Leaving Certificate Examination, 1905
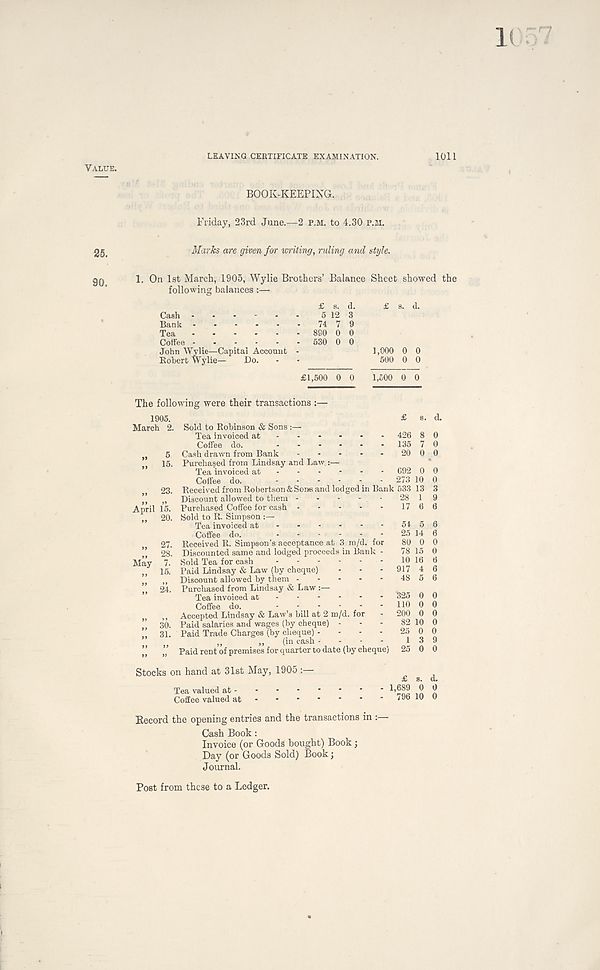
1<
Value.
LEAVING CERTIFICATE EXAMINATION.
1011
BOOK-KEEPING.
Friday, 23rd June.—2 p.m. to 4.30 P.M.
25.
Marks are given for writing, ruling and style.
90. 1. On 1st March, 1905, Wylie Brothers’ Balance Sheet showed the
following balances :—
Cash -
Bank
Conee
John Wylie—Capital Account
Eobert Wylie— Do.
5 12 3
74 7 9
890 0 0
530 0 0
£ s. d.
1,000 0 0
500 0 0
£1,500 0 0 1,500 0 0
The following were their transactions :—
1905.
March 2.
„ 5
» iS-
„ 23.
April 15.
„ 20.
„ 27.
„ 28.
May 7.
„ 15.
” 24.
” 30.
„ 31.
£
Sold to Robinson & Sons :—
Tea invoiced at
426
Coffee do.
- - - - - - 135
Cash drawn from Bank
20
Purchased from Lindsay and Law.:—
Tea invoiced at -
692
Coffee do.
273
EeceivedfromRobertson&Sone and lodged in Bank 533
Discount allowed to them - - - - - 28
Purchased Coffee for cash
17
Sold to R, Simpson :—
Tea invoiced at
54
Coffee do.
25
Received R. Simpson’s acceptance at 3 m/d. for 80
Discounted same and lodged proceeds in Bank - 78
Sold Tea for cash
- 10
Paid Lindsay & Law (by cheque) - - - 917
Discount allowed by them
48
Purchased from Lindsay & Law :—
Tea invoiced at
325
Coffee do.
HO
Accepted Lindsay & Law’s bill at 2 m/d. for - 200
Paid salaries and wages (by cheque) - - - 82
Paid Trade Charges (by cheque) - - - - 25
„
,, (in cash - - - - 1
Paid rent of premises for quarter to date (by cheque) 25
Stocks on hand at 31st May, 1905 :
Tea valued at -
Coffee valued at
1,689 796
Record the opening entries and the transactions in :—
Cash Book:
Invoice (or Goods bought) Book j
Day (or Goods Sold) Book;
Journal.
s. d.
8 0
7 0
0 0
0 0
10 0
13 3
1 9
6 6
5 6
14 6
0 0
15 0
16 6
4 6
5 6
0 0
0 0
0 0
10 0
0 0
3 9
0 0
s. d.
0 0
10 0
Post from these to a Ledger.